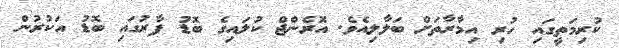
ކުރިމަތީގައި ހުރި އިމާރާތަށް ބަލާލިއެވެ. އޮރެންޖް ކުލައިގެ ބޮޑު ފާރުގައި ބޮޑު އަކުރުން